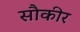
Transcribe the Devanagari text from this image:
सौकीर